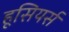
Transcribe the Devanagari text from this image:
हूसियर्स